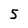
Character: 5